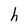
Character: h